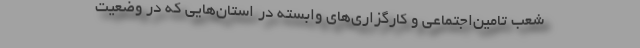
شعب تامین‌اجتماعی و کارگزاری‌های وابسته در استان‌هایی که در وضعیت